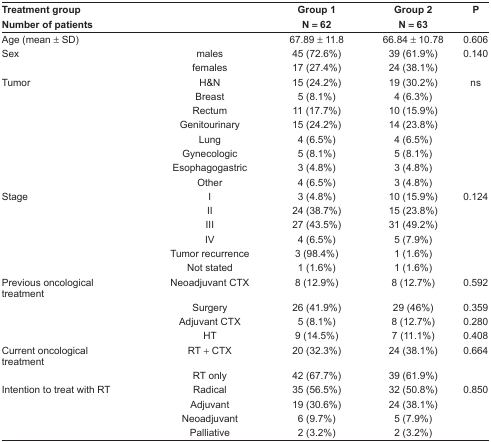
<table><thead><tr><td><b>Treatment groupNumber of patients</b></td><td></td><td><b>Group 1N = 62</b></td><td><b>Group 2N = 63</b></td><td><b>P</b></td></tr></thead><tbody><tr><td>Age (mean ± SD)</td><td></td><td>67.89 ± 11.8</td><td>66.84 ± 10.78</td><td>0.606</td></tr><tr><td>Sex</td><td>males</td><td>45 (72.6%)</td><td>39 (61.9%)</td><td>0.140</td></tr><tr><td></td><td>females</td><td>17 (27.4%)</td><td>24 (38.1%)</td><td></td></tr><tr><td>Tumor</td><td>H&amp;N</td><td>15 (24.2%)</td><td>19 (30.2%)</td><td>ns</td></tr><tr><td></td><td>Breast</td><td>5 (8.1%)</td><td>4 (6.3%)</td><td></td></tr><tr><td></td><td>Rectum</td><td>11 (17.7%)</td><td>10 (15.9%)</td><td></td></tr><tr><td></td><td>Genitourinary</td><td>15 (24.2%)</td><td>14 (23.8%)</td><td></td></tr><tr><td></td><td>Lung</td><td>4 (6.5%)</td><td>4 (6.5%)</td><td></td></tr><tr><td></td><td>Gynecologic</td><td>5 (8.1%)</td><td>5 (8.1%)</td><td></td></tr><tr><td></td><td>Esophagogastric</td><td>3 (4.8%)</td><td>3 (4.8%)</td><td></td></tr><tr><td></td><td>Other</td><td>4 (6.5%)</td><td>3 (4.8%)</td><td></td></tr><tr><td>Stage</td><td>I</td><td>3 (4.8%)</td><td>10 (15.9%)</td><td>0.124</td></tr><tr><td></td><td>II</td><td>24 (38.7%)</td><td>15 (23.8%)</td><td></td></tr><tr><td></td><td>III</td><td>27 (43.5%)</td><td>31 (49.2%)</td><td></td></tr><tr><td></td><td>IV</td><td>4 (6.5%)</td><td>5 (7.9%)</td><td></td></tr><tr><td></td><td>Tumor recurrence</td><td>3 (98.4%)</td><td>1 (1.6%)</td><td></td></tr><tr><td></td><td>Not stated</td><td>1 (1.6%)</td><td>1 (1.6%)</td><td></td></tr><tr><td>Previous oncological treatment</td><td>Neoadjuvant CTX</td><td>8 (12.9%)</td><td>8 (12.7%)</td><td>0.592</td></tr><tr><td></td><td>Surgery</td><td>26 (41.9%)</td><td>29 (46%)</td><td>0.359</td></tr><tr><td></td><td>Adjuvant CTX</td><td>5 (8.1%)</td><td>8 (12.7%)</td><td>0.280</td></tr><tr><td></td><td>HT</td><td>9 (14.5%)</td><td>7 (11.1%)</td><td>0.408</td></tr><tr><td>Current oncological treatment</td><td>RT + CTX</td><td>20 (32.3%)</td><td>24 (38.1%)</td><td>0.664</td></tr><tr><td></td><td>RT only</td><td>42 (67.7%)</td><td>39 (61.9%)</td><td></td></tr><tr><td>Intention to treat with RT</td><td>Radical</td><td>35 (56.5%)</td><td>32 (50.8%)</td><td>0.850</td></tr><tr><td></td><td>Adjuvant</td><td>19 (30.6%)</td><td>24 (38.1%)</td><td></td></tr><tr><td></td><td>Neoadjuvant</td><td>6 (9.7%)</td><td>5 (7.9%)</td><td></td></tr><tr><td></td><td>Palliative</td><td>2 (3.2%)</td><td>2 (3.2%)</td><td></td></tr></tbody></table>